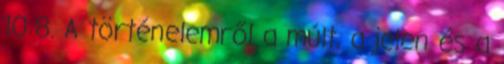
10:8. A történelemről a múlt, a jelen és a